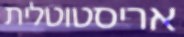
אריסטוטלית